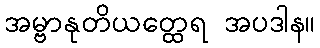
အမ္ဗာနုတိယတ္ထေရ အပဒါန။